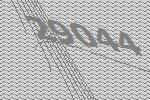
29044